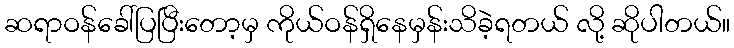
ဆရာဝန်ခေါ်ပြပြီးတော့မှ ကိုယ်ဝန်ရှိနေမှန်းသိခဲ့ရတယ် လို့ ဆိုပါတယ်။